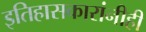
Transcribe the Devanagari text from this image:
इतिहासकारांनीही